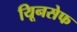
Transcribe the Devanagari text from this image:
यिूनसेफ